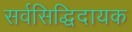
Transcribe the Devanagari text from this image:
सर्वसिद्धिदायक